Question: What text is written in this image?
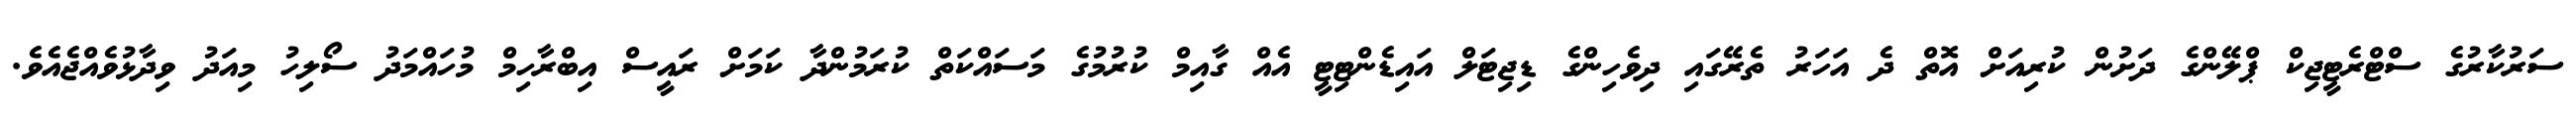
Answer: ސަރުކާރުގެ ސްޓްރެޓީޖިކް ޕްލޭންގެ ދަށުން ކުރިއަށް އޮތް ދެ އަހަރު ތެރޭގައި ދިވެހިންގެ ޑިޖިޓަލް އައިޑެންޓިޓީ އެއް ގާއިމް ކުރުމުގެ މަސައްކަތް ކުރަމުންދާ ކަމަށް ރައީސް އިބްރާހިމް މުހައްމަދު ސޯލިހު މިއަދު ވިދާޅުވެއްޖެއެވެ.